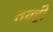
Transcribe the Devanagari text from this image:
तवही